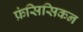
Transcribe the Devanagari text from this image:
फ्रंसिसिकन